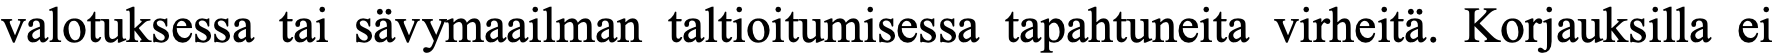
valotuksessa tai sävymaailman taltioitumisessa tapahtuneita virheitä. Korjauksilla ei